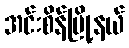
အင်းစိန်မြို့နယ်